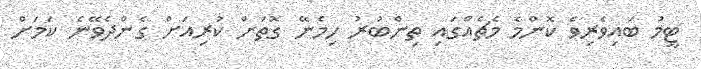
ޓީމު ބައިވެރިވެ ކޮންމެ މެޗެއްގައި ތިންބުރު ހިމެނޭ ގޮތަށް ކުރިއަށް ގެންދެވޭނެ ކަމަށް